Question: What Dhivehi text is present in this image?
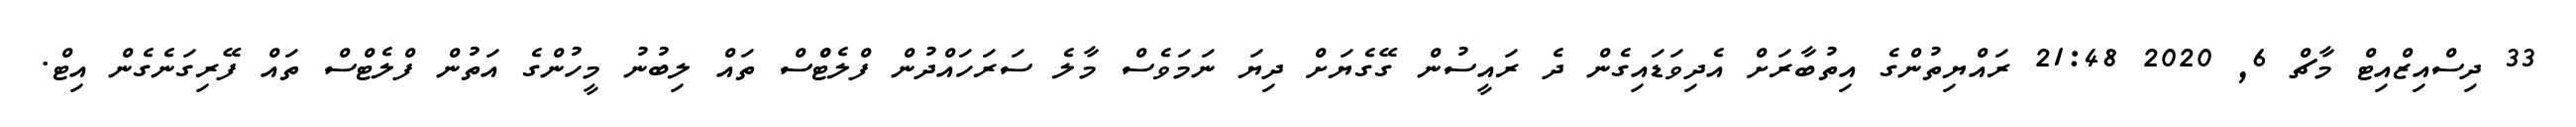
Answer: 33 ދިސްއިޒްއިޓް މާޗް 6, 2020 21:48 ރައްޔިތުންގެ އިތުބާރަށް އެދިވަޑައިގެން ދެ ރައީސުން ގޭގެޔަށް ދިޔަ ނަމަވެސް މާލެ ސަރަހައްދުން ފްލެޓްްސް ތައް ލިބުނު މީހުންގެ އަތުން ފްލެޓްސް ތައް ފޭރިގަނެގެން އިޓް.